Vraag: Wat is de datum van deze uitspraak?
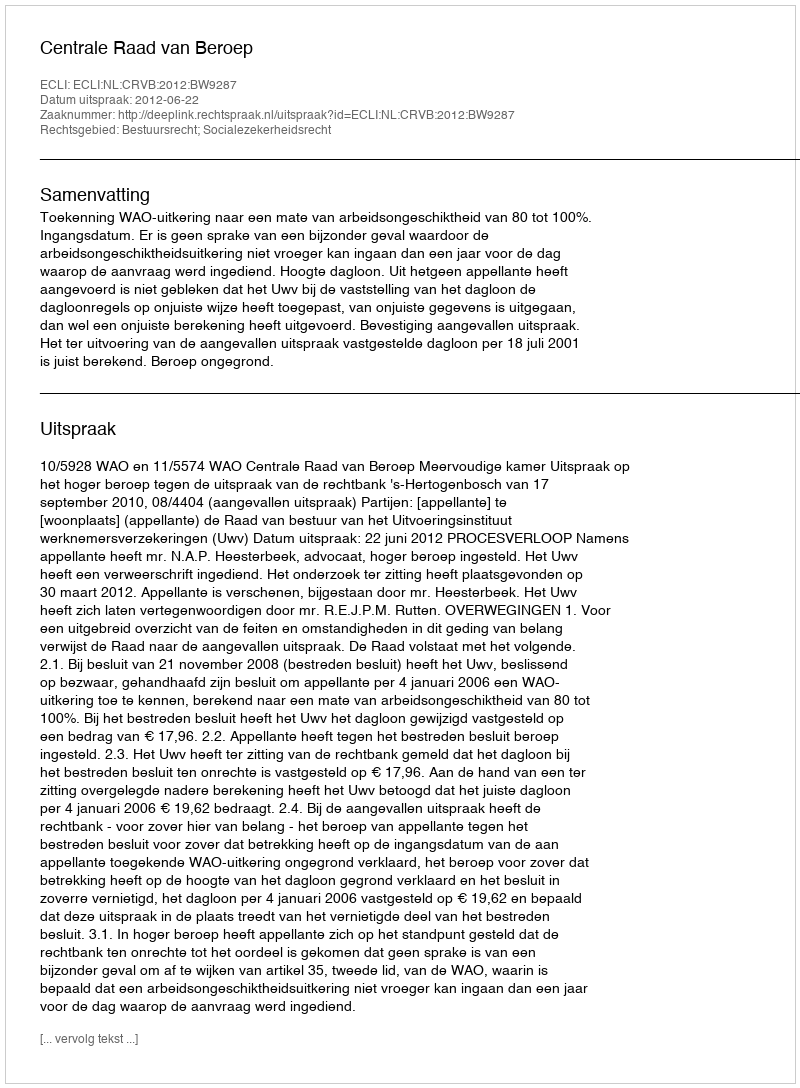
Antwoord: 2012-06-22